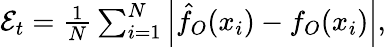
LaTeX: \begin{array}{r}{{\cal{E}}_{t}=\frac{1}{N}\sum_{i=1}^{N}\left|\hat{f}_{O}(x_{i})-f_{O}(x_{i})\right|,}\end{array}